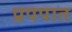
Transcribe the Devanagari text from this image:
प्रपपात